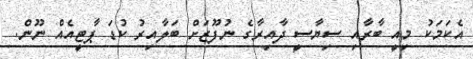
އެކަމަކު މިއީ ބާރާއި ސިޔާސީ ދާއިރާގެ ނުފޫޒަށް ބަލާއިރު ކުޑަ ޕާޓީއެއް ނޫން.